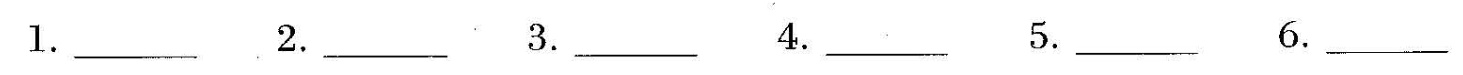
1.___ 2.___ 3.___ 4.___ 5. ___ 6.___